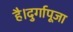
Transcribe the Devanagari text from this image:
है।दुर्गापूजा